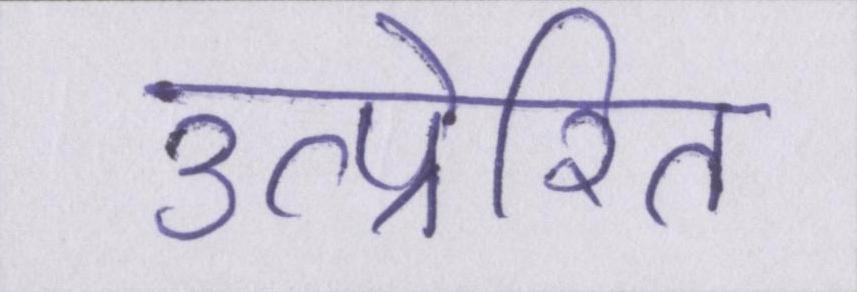
उत्प्रेरित